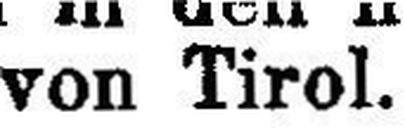
von Tirol.